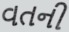
વતની